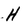
Character: H